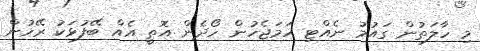
މި ހާލަތުން ގައުމު ނެއްޓި ހަމަޖެހުން ހޯދެން އޮތީ އެއް ބޭފުޅަކު ރޭހުން